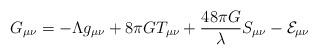
LaTeX: \begin{align*}G_{\mu\nu} = -\Lambda g_{\mu\nu} + 8\pi GT_{\mu\nu} + \frac{48\pi G}{\lambda}S_{\mu\nu} - {\cal E}_{\mu\nu}\end{align*}